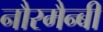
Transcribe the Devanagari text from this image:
नौरमैन्बी